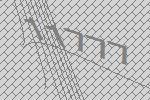
11777